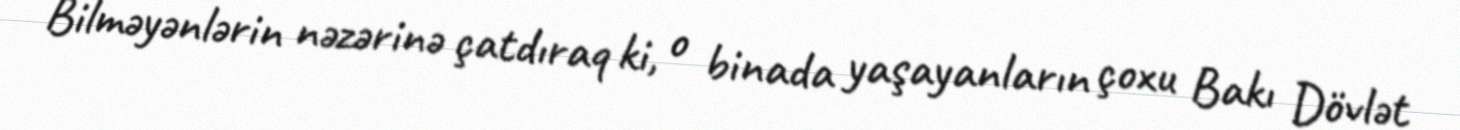
Bilməyənlərin nəzərinə çatdıraq ki, o binada yaşayanların çoxu Bakı Dövlət